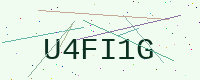
Text: U4FI1G